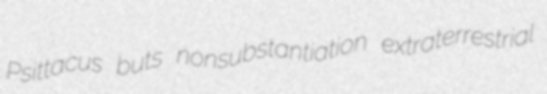
Psittacus buts nonsubstantiation extraterrestrial